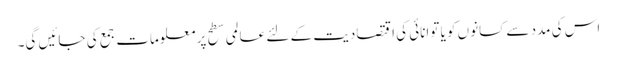
اس کی مدد سے کسانوں کو یا توانائی کی اقتصادیت کے لئے عالمی سطح پر معلومات جمع کی جائیں گی۔